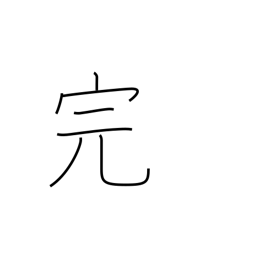
Meaning: end